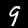
Label: 9